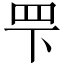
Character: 𬙖